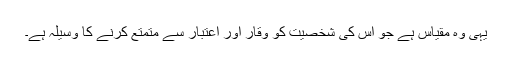
یہی وہ مقیاس ہے جو اس کی شخصیت کو وقار اور اعتبار سے متمتع کرنے کا وسیلہ ہے۔